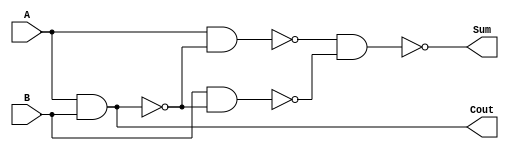
module HalfAdd(Cout, Sum, A, B);
	input A, B;
	output Cout, Sum;
wire a1, a2, a3, x, y;
  nand nand1(a1, A, B);
  nand nand2(a2, A, a1);
  nand nand3(a3, B, a1);
  nand nand4(Sum, a2, a3);
  nand nand5(Cout, a1);
/*
initial //This initial block used to dump all wire/reg values to dump file
     begin
       $dumpfile("HalfAdd.vcd");
       $dumpvars(0,HalfAdd);
     end
*/
  endmodule